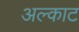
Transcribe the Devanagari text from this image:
अल्काट